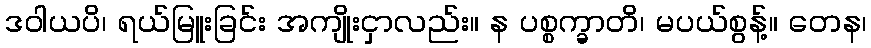
ဒဝါယပိ၊ ရယ်မြူးခြင်း အကျိုးငှာလည်း။ န ပစ္စက္ခာတိ၊ မပယ်စွန့်။ တေန၊